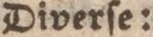
Diverſe: